Lunatic asylums in Bengal annual reports 1888-1898 - 1888-1898
Year: 1888
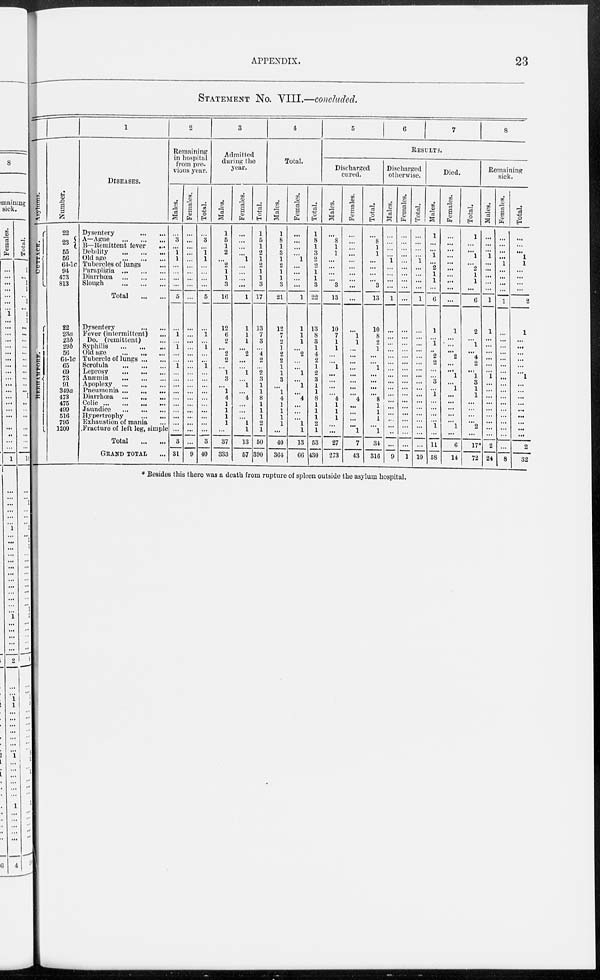
APPENDIX.
23
STATEMENT No. VIII.—concluded.
Asylums.
CUTTACK.
BERHAMPORE.
Number.
22
23
55
56
64-1c
94
473
813
22
23a
23b
296
50
64-1c
65
69
73
91
349a
473
475
499
516
795
1200
1
DISEASES.
Dysentery
...
...
A—Ague
...
...
...
B—Remittent fever
...
Debility
...
...
...
Old age
...
...
...
Tubercles of lungs ...
Parapligia
...
...
...
Diarrhœa
...
...
...
Slough
...
...
...
Total
...
...
Dysentery
...
...
Fever (intermittent) ...
Do. (remittent) ...
Syphilis
...
...
...
Old age
...
...
...
Tubercle of lungs ... ...
Scrofula
...
...
...
Leprosy
...
...
...
Anæmia
...
...
...
Apoplexy ... ... ...
Pneumonia ... ... ...
Diarrhœa
...
...
...
Colic ... ... ... ...
Jaundice
...
...
...
Hypertrophy
...
...
Exhaustion of mania ...
Fracture of left leg, simple
Total
...
...
GRAND TOTAL ...
2
Remaining
in hospital
from pre-
vious year.
Males.
...
3
...
1
1
...
...
...
...
5
...
1
...
1
...
...
1
...
...
...
...
...
...
...
...
...
...
3
31
Females.
...
...
...
...
...
...
...
...
...
...
...
...
...
...
...
...
...
...
...
...
...
...
...
...
...
...
...
...
9
Total.
...
3
...
1
1
...
...
...
...
5
...
1
...
1
...
...
1
...
...
...
...
...
...
...
...
...
...
3
40
3
Admitted
during the
year.
Males.
1
5
1
2
...
2
1
1
3
16
12
6
2
...
2
2
...
1
3
...
1
4
1
1
1
1
...
37
333
Females.
...
...
...
...
1
...
...
...
...
1
1
1
1
...
2
...
...
1
...
1
...
4
...
...
...
1
1
13
57
Total.
1
5
1
2
1
2
1
1
3
17
13
7
3
...
4
2
...
2
3
1
1
8
1
1
1
2
1
50
390
4
Total.
Males.
1
8
1
3
1
2
1
1
3
21
12
7
2
1
2
2
1
1
3
...
1
4
1
1
1
1
...
40
364
Females.
...
...
...
...
1
...
...
...
...
1
1
1
1
...
2
...
...
1
...
1
...
4
...
...
...
1
1
13
66
Total.
1
8
1
3
2
2
1
1
3
22
13
8
3
1
4
2
1
2
3
1
1
8
1
1
1
2
1
53
430
5
6
7
8
RESULTS.
Discharged
cured.
Males.
...
8
1
1
...
...
...
...
3
13
10
7
1
1
...
...
1
...
...
...
...
4
1
1
1
...
...
27
273
Females.
...
...
...
...
...
...
...
...
...
...
...
1
1
...
...
...
...
...
...
...
...
4
...
...
...
...
1
7
43
Total.
...
8
1
1
...
...
...
...
3
13
10
8
2
1
...
...
1
...
...
...
...
8
1
1
1
...
1
34
316
Discharged
otherwise.
Males.
...
...
...
...
1
...
...
...
...
1
...
...
...
...
...
...
...
...
...
...
...
...
...
...
...
...
...
...
9
Females.
...
...
...
...
...
...
...
...
...
...
...
...
...
...
...
...
...
...
...
...
...
...
...
...
...
...
...
...
1
Total.
...
...
...
...
1
...
...
...
...
1
...
...
...
...
...
...
...
...
...
...
...
...
...
...
...
...
...
...
10
Died.
Males.
1
...
...
1
...
2
1
1
...
6
1
...
1
..
2
2
...
...
3
...
1
...
...
...
...
1
...
11
58
Females.
...
...
...
...
...
...
...
...
...
...
1
...
...
...
2
...
...
1
...
1
...
...
...
...
...
1
...
6
14
Total.
1
...
...
1
2
1
1
...
6
2
...
1
...
4
2
...
1
3
1
1
...
...
...
...
2
...
17*
72
Remaining
sick.
Males.
...
...
...
1
...
...
...
...
...
1
1
...
...
...
...
...
...
1
...
...
...
...
...
...
...
...
...
2
24
Females.
...
...
...
...
1
...
...
...
...
1
...
...
...
...
...
...
...
...
...
...
...
...
...
...
...
...
...
...
8
Total.
...
...
...
1
1
...
...
...
...
2
1
...
...
...
...
...
...
1
...
...
...
...
...
...
...
...
...
2
32
* Besides this there was a death from rupture of spleen outside the asylum hospital.